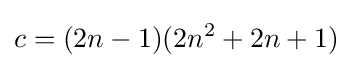
c=(2n-1)(2n^{2}+2n+1)